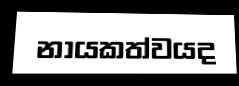
නායකත්වයද